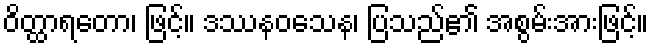
ဝိတ္ထာရတော၊ ဖြင့်။ ဒဿနဝသေန၊ ပြသည်၏ အစွမ်းအားဖြင့်။